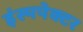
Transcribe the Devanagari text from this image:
इंस्पपेक्टर